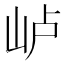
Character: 𰎐